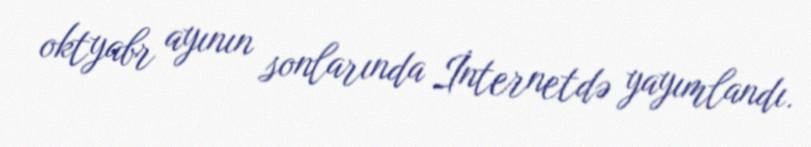
oktyabr ayının sonlarında İnternetdə yayımlandı.